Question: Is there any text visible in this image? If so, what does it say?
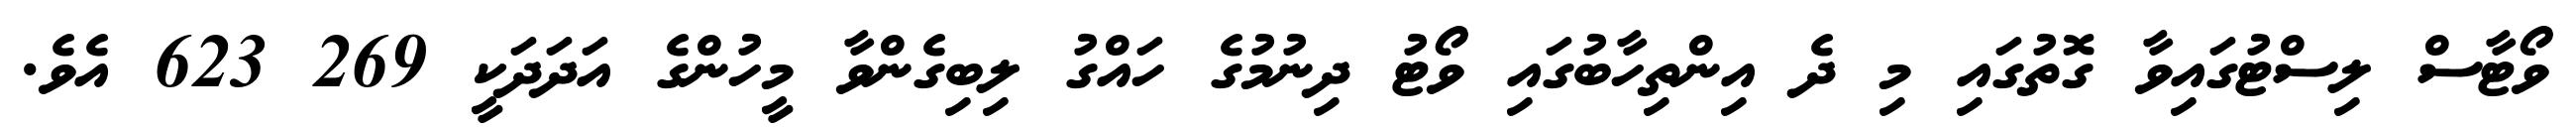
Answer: ވޯޓާސް ލިސްޓުގައިވާ ގޮތުގައި މި ދެ އިންތިހާބުގައި ވޯޓު ދިނުމުގެ ހައްގު ލިބިގެންވާ މީހުންގެ އަދަދަކީ 269 623 އެވެ.